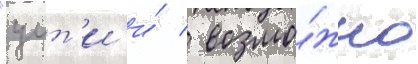
"уит'и и́ / возмо́жно